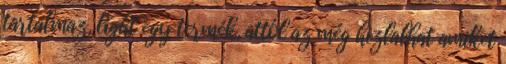
tartalmaz, light egy termék, attól az még hizlalhat amiket